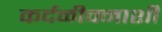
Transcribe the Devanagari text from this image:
कर्दळीवनाशी